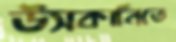
উসকানিতে